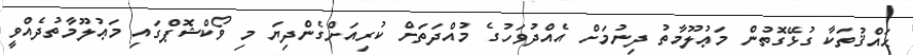
ޙައްޤުތަކާ ގުޅޭގޮތުން މަޢުލޫމާތު ދިނުމަށް އެއްދުވަހުގެ މުއްދަތަށް ކުރިއަށްގެންދިޔަ މި ވޯކްޝޮޕްގައި މަޢުލޫމާތުދެއްވީ